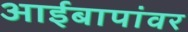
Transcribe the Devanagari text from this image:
आईबापांवर